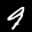
Label: 9